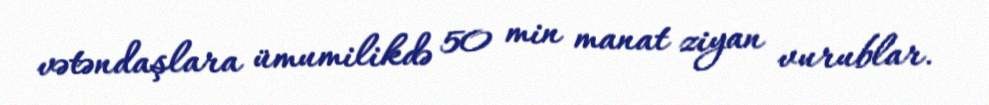
vətəndaşlara ümumilikdə 50 min manat ziyan vurublar.